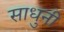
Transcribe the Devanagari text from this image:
साधुनी